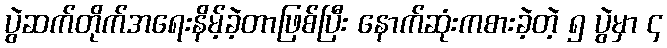
ပွဲဆက်တိုက်အရေးနိမ့်ခဲ့တာဖြစ်ပြီး နောက်ဆုံးကစားခဲ့တဲ့ ၅ ပွဲမှာ ၄